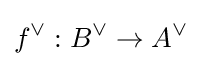
f^{\vee }:B^{\vee }\to A^{\vee }